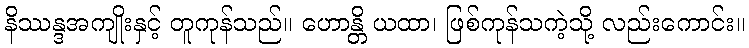
နိဿန္ဒအကျိုးနှင့် တူကုန်သည်။ ဟောန္တိ ယထာ၊ ဖြစ်ကုန်သကဲ့သို့ လည်းကောင်း။